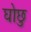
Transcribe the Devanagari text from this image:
घोछु